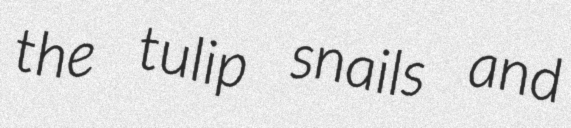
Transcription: the tulip snails and